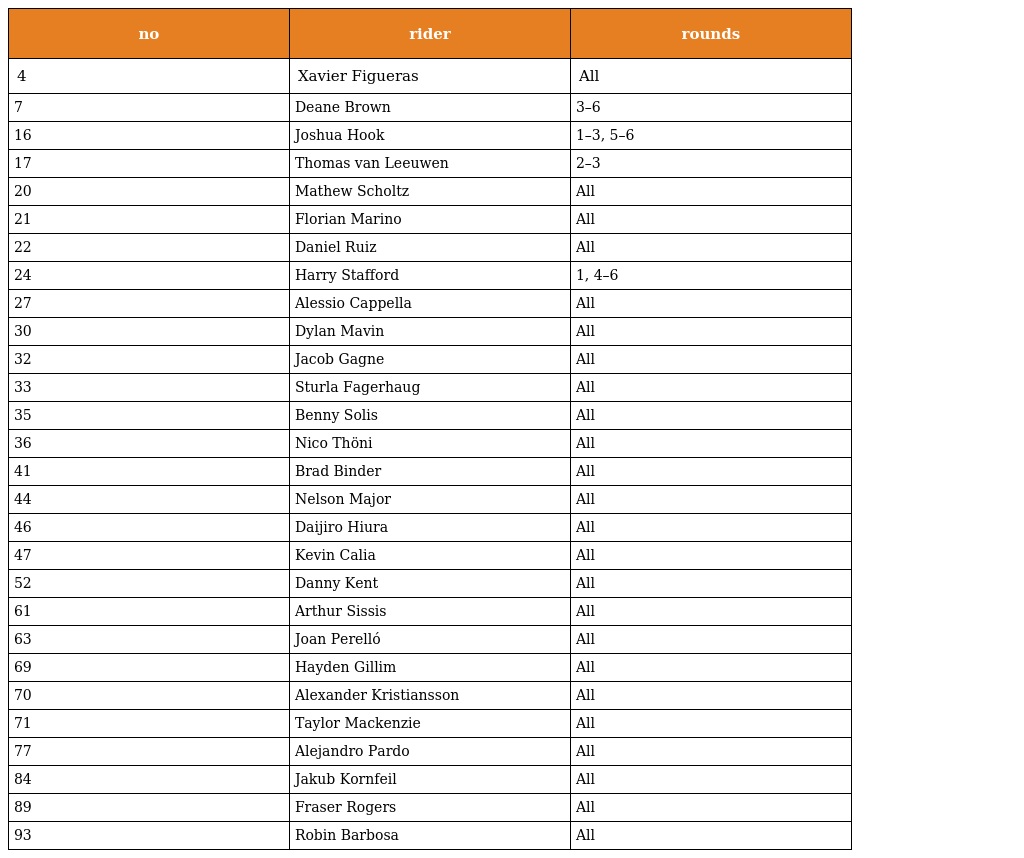
| no | rider | rounds |
 | --- | --- | --- |
 | 4 | Xavier Figueras | All |
 | 7 | Deane Brown | 3–6 |
 | 16 | Joshua Hook | 1–3, 5–6 |
 | 17 | Thomas van Leeuwen | 2–3 |
 | 20 | Mathew Scholtz | All |
 | 21 | Florian Marino | All |
 | 22 | Daniel Ruiz | All |
 | 24 | Harry Stafford | 1, 4–6 |
 | 27 | Alessio Cappella | All |
 | 30 | Dylan Mavin | All |
 | 32 | Jacob Gagne | All |
 | 33 | Sturla Fagerhaug | All |
 | 35 | Benny Solis | All |
 | 36 | Nico Thöni | All |
 | 41 | Brad Binder | All |
 | 44 | Nelson Major | All |
 | 46 | Daijiro Hiura | All |
 | 47 | Kevin Calia | All |
 | 52 | Danny Kent | All |
 | 61 | Arthur Sissis | All |
 | 63 | Joan Perelló | All |
 | 69 | Hayden Gillim | All |
 | 70 | Alexander Kristiansson | All |
 | 71 | Taylor Mackenzie | All |
 | 77 | Alejandro Pardo | All |
 | 84 | Jakub Kornfeil | All |
 | 89 | Fraser Rogers | All |
 | 93 | Robin Barbosa | All |